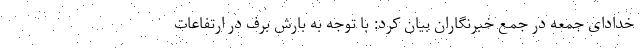
خدادای جمعه در جمع خبرنگاران بیان کرد: با توجه به بارش برف در ارتفاعات